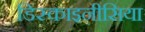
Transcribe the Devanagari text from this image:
डिस्काइनीसिया